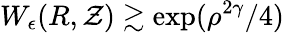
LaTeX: W_{\epsilon}(R,\mathcal{Z})\gtrsim\exp(\rho^{2\gamma}/4)